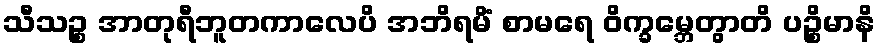
သီသဉ္စ အာတုရီဘူတကာလေပိ အဘိရမိံ စာမရေ ဝိက္ခမ္ဘေတွာတိ ပဉ္စိမာနိ